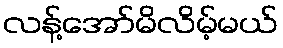
လန့်အော်မိလိမ့်မယ်